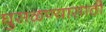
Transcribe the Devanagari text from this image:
घुसळण्यासाठी